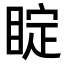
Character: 𥇓